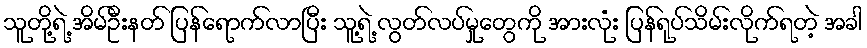
သူတို့ရဲ့ အိမ်ဦးနတ် ပြန်ရောက်လာပြီး သူ့ရဲ့ လွတ်လပ်မှုတွေကို အားလုံး ပြန်ရုပ်သိမ်းလိုက်ရတဲ့ အခါ